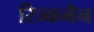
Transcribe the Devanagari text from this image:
रिज्कमैन